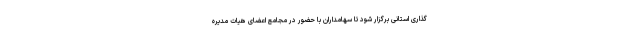
گذاری استانی برگزار شود تا سهامداران با حضور در مجامع اعضای هیات مدیره